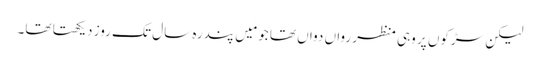
لیکن سڑکوں پر وہی منظر رواں دواں تھا جو مَیں پندرہ سال تک روز دیکھتا تھا۔